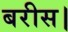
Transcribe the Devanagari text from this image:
बरीस।